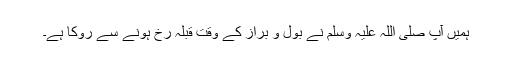
ہمیں آپ صلی اللہ علیہ وسلم نے بول و براز کے وقت قبلہ رُخ ہونے سے روکا ہے۔